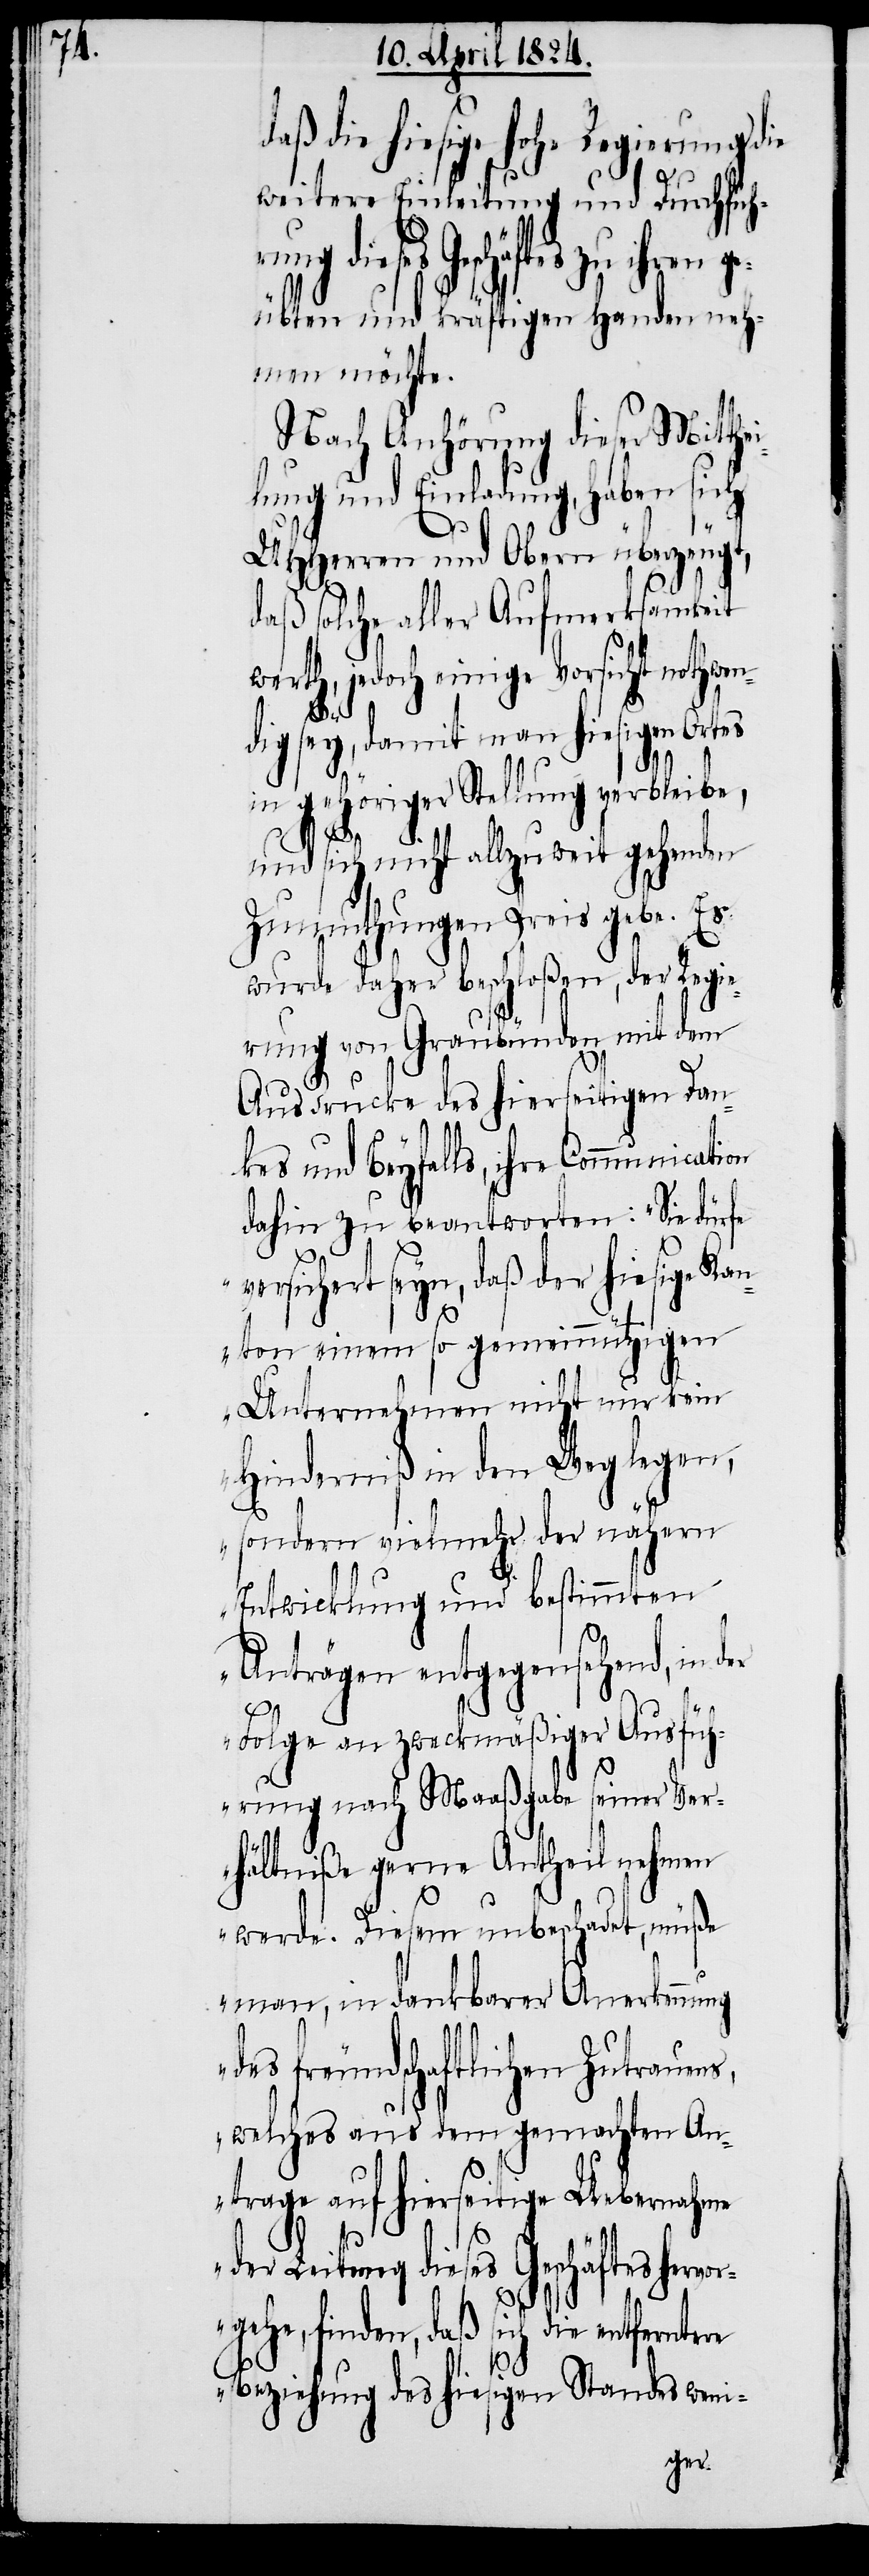
daß die hiesige hohe Regierung die
weitere Einleitung und Durchsuch¬
dieses Geschäftes zu
geübten und kräftigen Handen neh¬
men möchte.
Nach Anhörung dieser Mitthe¬
ilung und Einladung, haben sich
UHHerren und Obern überzeugt,
daß solche aller Aufmerksamkeit
werth, jedoch einige Vorsicht nothwen¬
dig sey, damit man hiesigen Ortes
vorg¬
in gehöriger Stellung verbleibe,
und
sich nicht allzuweit gehenden
Zumuthungen Preis gebe. Es
wurde daher beschloßen, der Regie¬
rung von Graubünden mit dem
Ausdrucke des hierseitigen Dan¬
kes und Beyfalls, ihre Communicat¬
dahin zu beantworten: „Sie dürfe
ersichert seyn, daß der hiesige Kan¬
ion
ton einem so gemeinnützigen
Unternehmen nicht nur kein
Hinderniß in den Weg legen,
sondern vielmehr der nähern
Entwicklung und bestimmten
Anträgen entgegensehend, in der
Folge an zweckmäßiger Ausfüh¬
rung nach Maaßgabe seiner Ver¬
hältniße gerne Antheil nehmen
werde. Diesem unbeschadet, müße
man, in dankbarer Anerkennung
es freundschaftlichen Zutrauens,
welches aus dem gemachten An¬
trage auf hierseitige Uebernahme
der Leitung dieses Geschäftes her¬
ehe, finden, daß sich die entfernte¬
re Beziehung des hiesigen Standes weni-